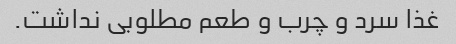
غذا سرد و چرب و طعم مطلوبی نداشت.